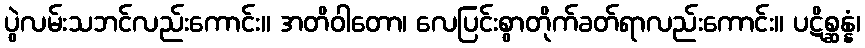
ပွဲလမ်းသဘင်လည်းကောင်း။ အတိဝါတော၊ လေပြင်းစွာတိုက်ခတ်ရာလည်းကောင်း။ ပဋိစ္ဆန္နံ၊